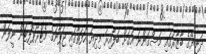
ދުނިޔޭގެ ބާޒާރުގައި މަސްގަންނަ އަގަށް ބަލާއިރު މިދިޔަ ހަފުތާގައި ޖަޕާނުގެ މެޓްރޯޕޮލިޓަން ނީލަން